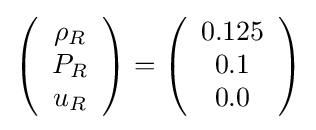
\left({\begin{array}{c}\rho _{R}\\P_{R}\\u_{R}\end{array}}\right)=\left({\begin{array}{c}0.125\\0.1\\0.0\end{array}}\right)